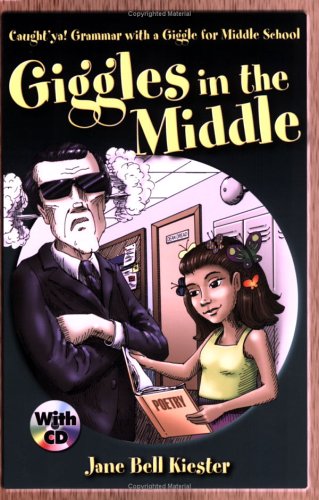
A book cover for Caught'ya! Grammar with a Giggle for Middle School: Giggles in the Middle (Maupin House); Jane Bell Kiester; Politics & Social Sciences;